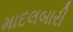
માદલબારી